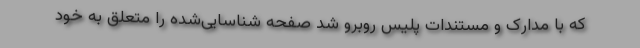
که با مدارک و مستندات پلیس روبرو شد صفحه شناسایی‌شده را متعلق به خود